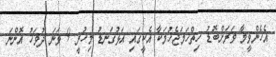
އެހެންވީމާ ވަރަށްބޮޑު ހިތްހަމަޖެހުމަކާ އެކީގައި އަޅުގަނޑު މިހުރީ 9 ވަނަ ދުވަހު އޮންނަ